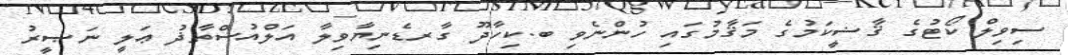
ސިވިލް ކޯޓުގެ ޤާޟީކަމުގެ މަޤާމުގައި ހުންނެވި ބ.ކިހާދޫ ގާރޑެނިޔާވިލާ އަލްއުސްތާޛު ޢަލީ ނަޞީރު